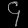
Digit: ၄